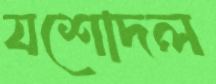
যশোদল